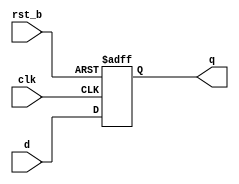
/*
 * Copyright (c) 2024 Eric Fogleman
 * SPDX-License-Identifier: Apache-2.0
 *
 * wrapper for retiming register
 * retime all DAC outputs to posedge clk
 */
 
module ef_smsdac_reg( clk, rst_b, d, q );

  input clk;
  input rst_b;
  input  [7:0] d;
  output  [7:0] q;

	reg [7:0] q;

	always @( posedge clk, negedge rst_b ) 
		if ( rst_b == 1'b0 ) 
			q <= 0;
		else
			q <= d;

endmodule